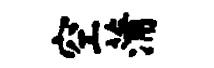
空蒲